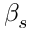
\beta _ { s }